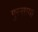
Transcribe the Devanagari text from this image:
गुस्साया